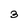
Character: 3